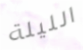
الليلة